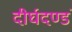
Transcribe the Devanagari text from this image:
दीर्घदण्डं